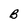
Character: B